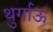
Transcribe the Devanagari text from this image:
थुर्गाऊ